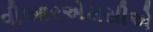
વીઆરએસસીએ